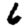
Digit: 6